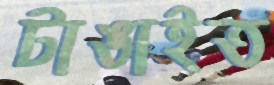
টাঙাইত